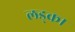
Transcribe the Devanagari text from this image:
लड्का